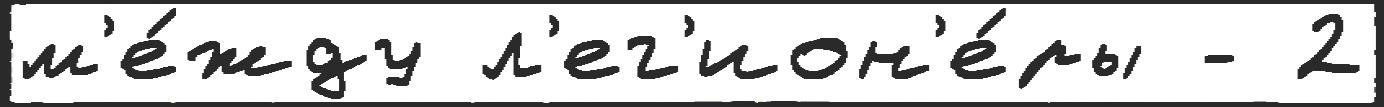
м'е́жду л'ег'ион'е́ры - 2